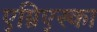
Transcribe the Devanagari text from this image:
एग्निएस्का